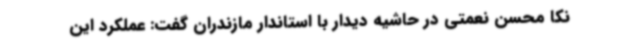
نکا محسن نعمتی در حاشیه دیدار با استاندار مازندران گفت: عملکرد این